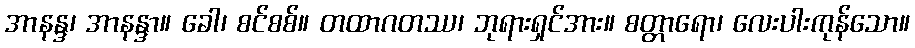
အာနန္ဒ၊ အာနန္ဒာ။ ခေါ၊ စင်စစ်။ တထာဂတဿ၊ ဘုရားရှင်အား။ စတ္တာရော၊ လေးပါးကုန်သော။